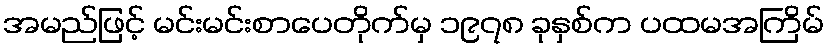
အမည်ဖြင့် မင်းမင်းစာပေတိုက်မှ ၁၉၇၈ ခုနှစ်က ပထမအကြိမ်